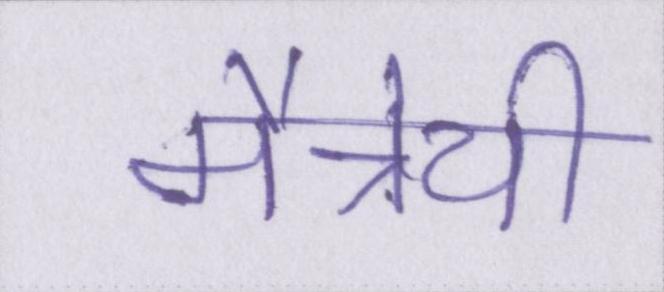
मैत्रेयी